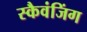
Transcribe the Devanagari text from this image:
स्कैवंजिंग